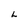
Character: L